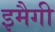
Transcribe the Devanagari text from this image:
इमैगी